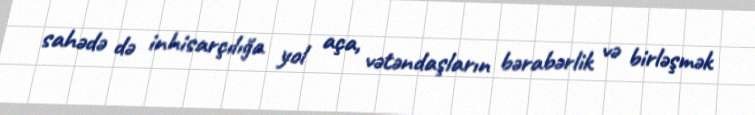
sahədə də inhisarçılığa yol aça, vətəndaşların bərabərlik və birləşmək